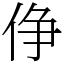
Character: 鿇